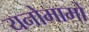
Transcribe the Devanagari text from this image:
यनोमामो